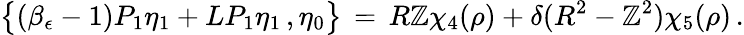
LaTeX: \bigl\{ (\beta_{\epsilon}-1)P_{1}\eta_{1}+LP_{1}\eta_{1}\, ,\eta_{0}\bigr\} \, =\, R\mathbb{Z}\chi_{4}(\rho)+\delta(R^{2}-\mathbb{Z}^{2})\chi_{5}(\rho)\, .